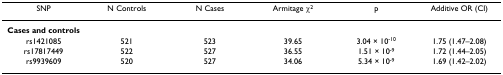
| SNP | N Controls | N Cases | Armitage χ2 | p | Additive OR (CI) |
 | --- | --- | --- | --- | --- | --- |
 | Cases and controls |  |  |  |  |  |
 | rs1421085 | 521 | 523 | 39.65 | 3.04 × 10-10 | 1.75 (1.47–2.08) |
 | rs17817449 | 522 | 527 | 36.55 | 1.51 × 10-9 | 1.72 (1.44–2.05) |
 | rs9939609 | 520 | 527 | 34.06 | 5.34 × 10-9 | 1.69 (1.42–2.02) |